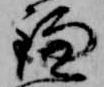
鎌